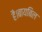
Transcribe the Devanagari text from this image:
है।बायबिल